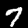
Label: 7